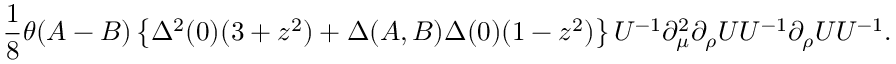
\frac 1 8 \theta ( A - B ) \left\{ \Delta ^ { 2 } ( 0 ) ( 3 + z ^ { 2 } ) + \Delta ( A , B ) \Delta ( 0 ) ( 1 - z ^ { 2 } ) \right\} U ^ { - 1 } \partial _ { \mu } ^ { 2 } \partial _ { \rho } U U ^ { - 1 } \partial _ { \rho } U U ^ { - 1 } .